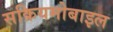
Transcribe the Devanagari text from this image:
सक्रियमोबाइल